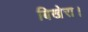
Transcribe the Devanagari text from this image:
बिखेरा।